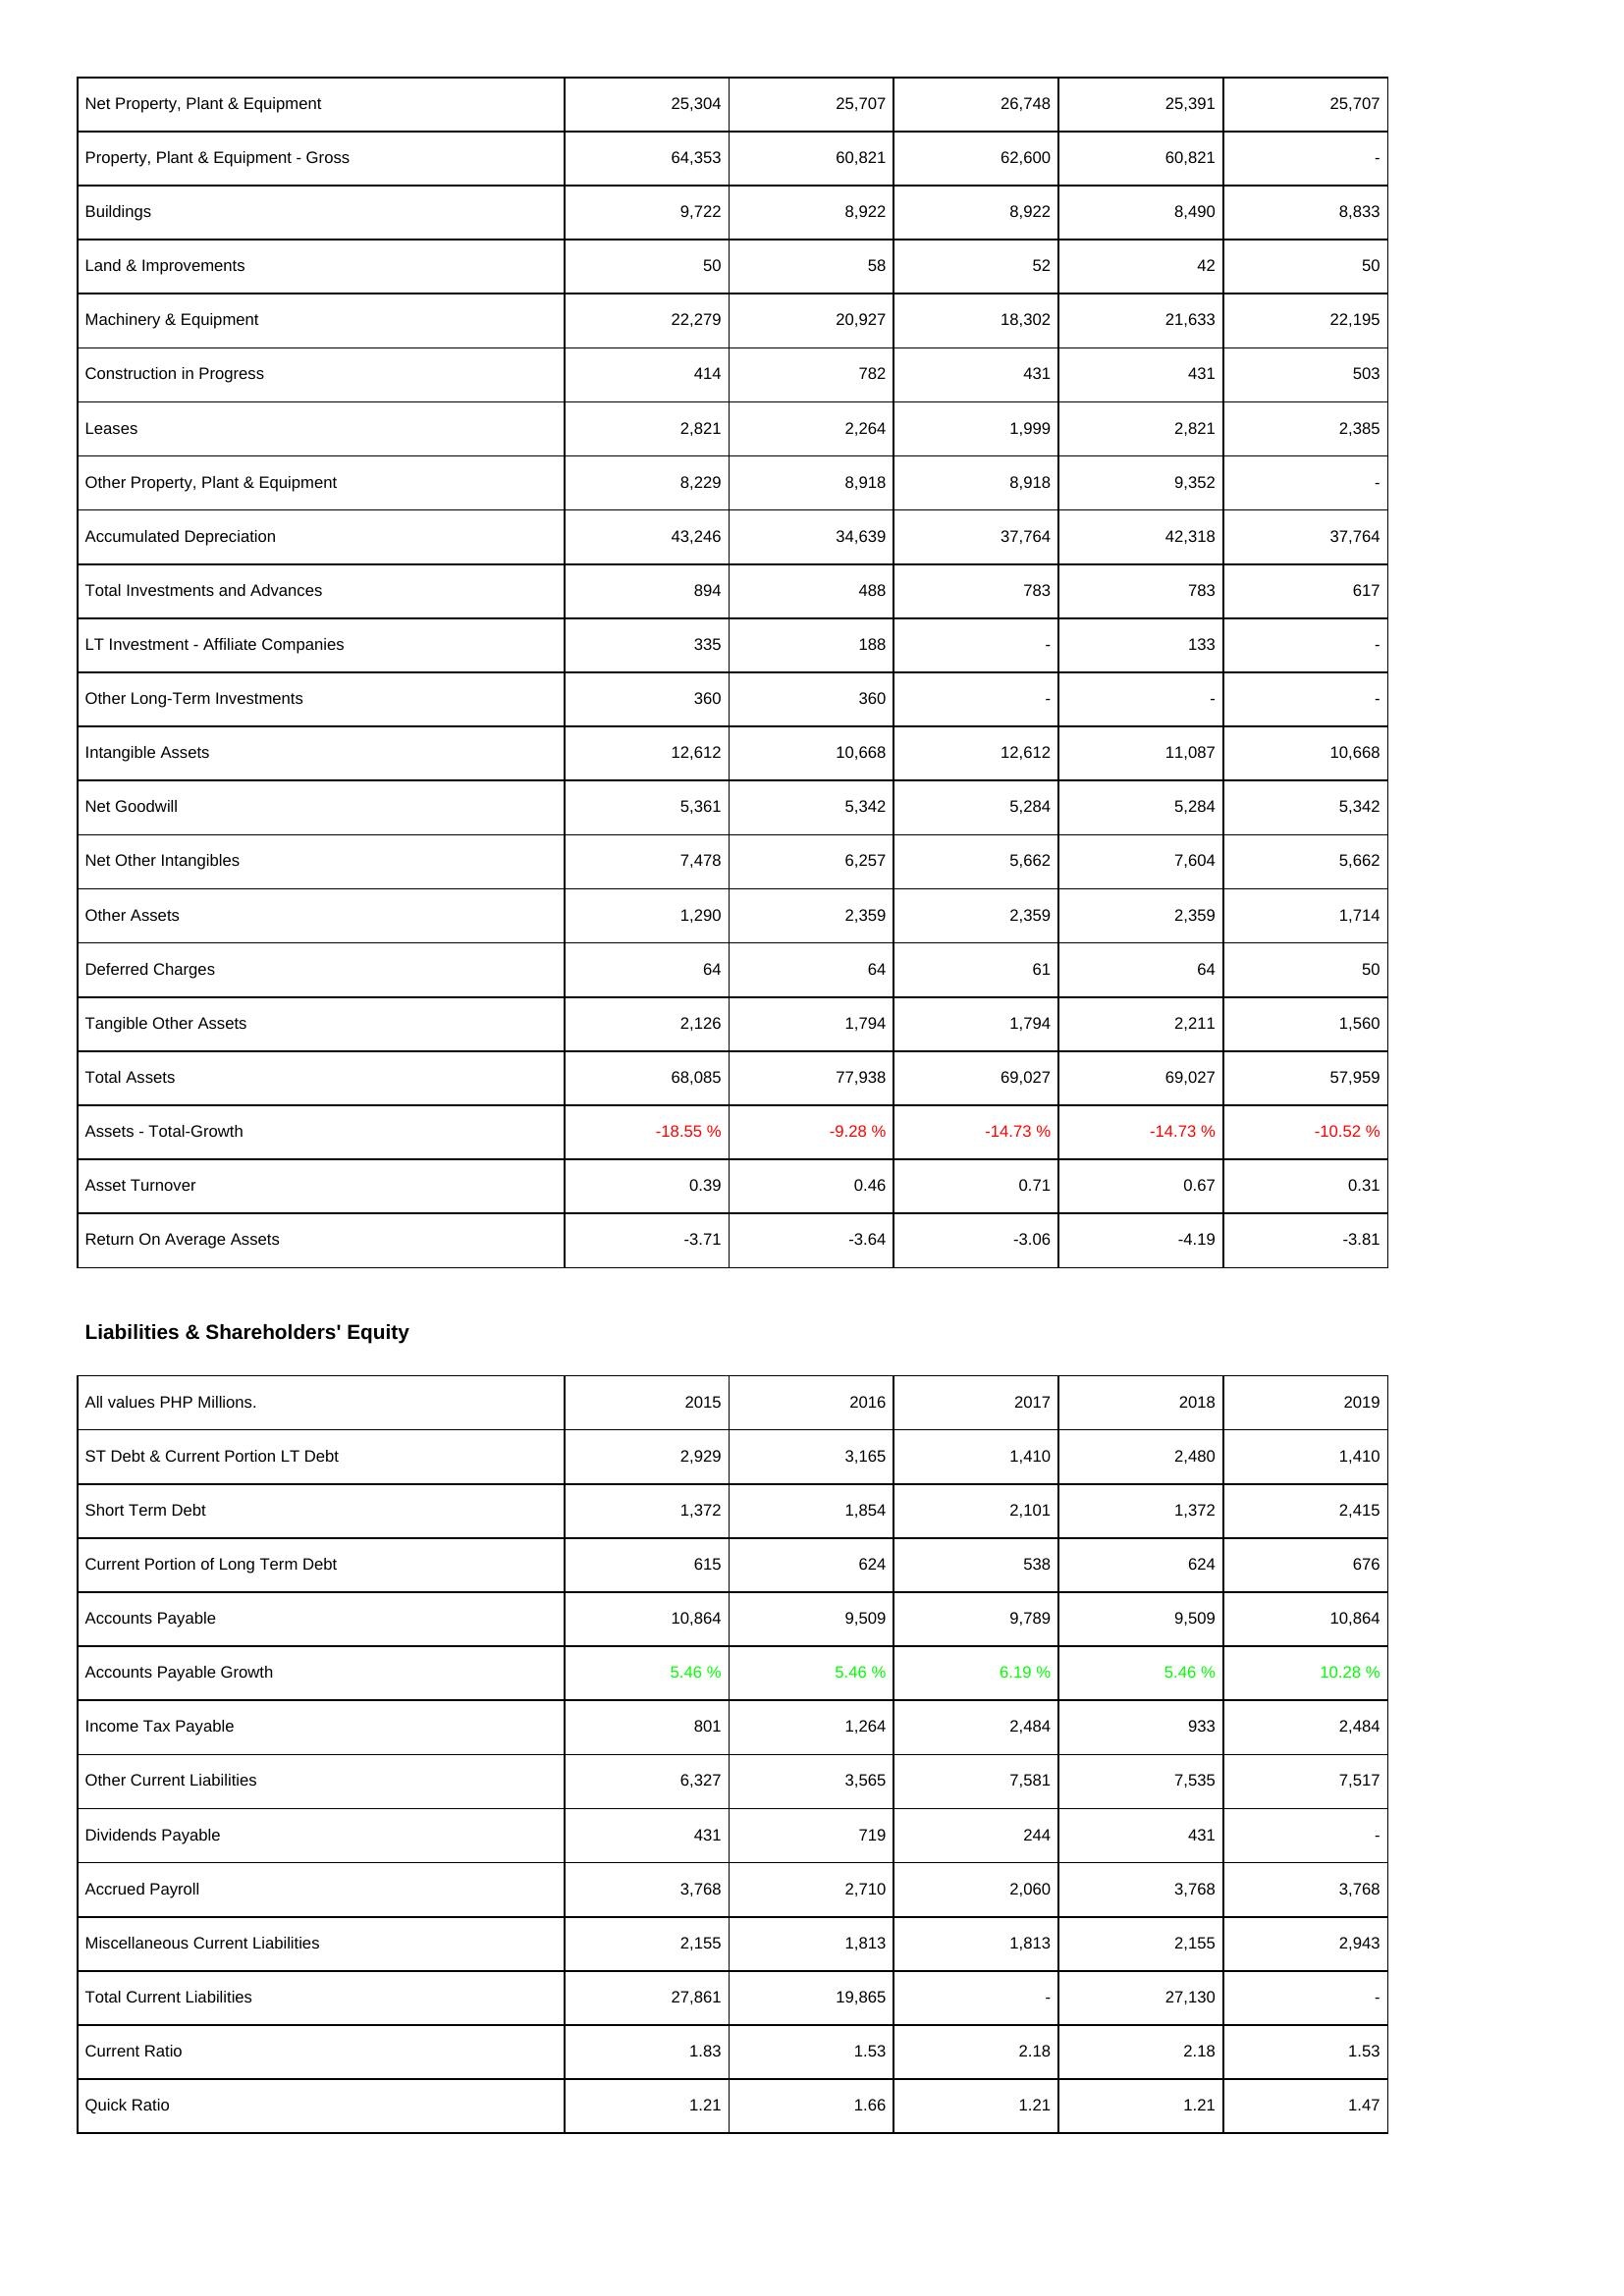
2015: Assets: Net Property, Plant & Equipment: 25,304
Property, Plant & Equipment - Gross: 64,353
Buildings: 9,722
Land & Improvements: 50
Machinery & Equipment: 22,279
Construction in Progress: 414
Leases: 2,821
Other Property, Plant & Equipment: 8,229
Accumulated Depreciation: 43,246
Total Investments and Advances: 894
LT Investment - Affiliate Companies: 335
Other Long-Term Investments: 360
Intangible Assets: 12,612
Net Goodwill: 5,361
Net Other Intangibles: 7,478
Other Assets: 1,290
Deferred Charges: 64
Tangible Other Assets: 2,126
Total Assets: 68,085
Assets - Total-Growth: -18.55 %
Asset Turnover: 0.39
Return On Average Assets: -3.71
Liabilities & Shareholders' Equity: ST Debt & Current Portion LT Debt: 2,929
Short Term Debt: 1,372
Current Portion of Long Term Debt: 615
Accounts Payable: 10,864
Accounts Payable Growth: 5.46 %
Income Tax Payable: 801
Other Current Liabilities: 6,327
Dividends Payable: 431
Accrued Payroll: 3,768
Miscellaneous Current Liabilities: 2,155
Total Current Liabilities: 27,861
Current Ratio: 1.83
Quick Ratio: 1.21
2016: Assets: Net Property, Plant & Equipment: 25,707
Property, Plant & Equipment - Gross: 60,821
Buildings: 8,922
Land & Improvements: 58
Machinery & Equipment: 20,927
Construction in Progress: 782
Leases: 2,264
Other Property, Plant & Equipment: 8,918
Accumulated Depreciation: 34,639
Total Investments and Advances: 488
LT Investment - Affiliate Companies: 188
Other Long-Term Investments: 360
Intangible Assets: 10,668
Net Goodwill: 5,342
Net Other Intangibles: 6,257
Other Assets: 2,359
Deferred Charges: 64
Tangible Other Assets: 1,794
Total Assets: 77,938
Assets - Total-Growth: -9.28 %
Asset Turnover: 0.46
Return On Average Assets: -3.64
Liabilities & Shareholders' Equity: ST Debt & Current Portion LT Debt: 3,165
Short Term Debt: 1,854
Current Portion of Long Term Debt: 624
Accounts Payable: 9,509
Accounts Payable Growth: 5.46 %
Income Tax Payable: 1,264
Other Current Liabilities: 3,565
Dividends Payable: 719
Accrued Payroll: 2,710
Miscellaneous Current Liabilities: 1,813
Total Current Liabilities: 19,865
Current Ratio: 1.53
Quick Ratio: 1.66
2017: Assets: Net Property, Plant & Equipment: 26,748
Property, Plant & Equipment - Gross: 62,600
Buildings: 8,922
Land & Improvements: 52
Machinery & Equipment: 18,302
Construction in Progress: 431
Leases: 1,999
Other Property, Plant & Equipment: 8,918
Accumulated Depreciation: 37,764
Total Investments and Advances: 783
LT Investment - Affiliate Companies: -
Other Long-Term Investments: -
Intangible Assets: 12,612
Net Goodwill: 5,284
Net Other Intangibles: 5,662
Other Assets: 2,359
Deferred Charges: 61
Tangible Other Assets: 1,794
Total Assets: 69,027
Assets - Total-Growth: -14.73 %
Asset Turnover: 0.71
Return On Average Assets: -3.06
Liabilities & Shareholders' Equity: ST Debt & Current Portion LT Debt: 1,410
Short Term Debt: 2,101
Current Portion of Long Term Debt: 538
Accounts Payable: 9,789
Accounts Payable Growth: 6.19 %
Income Tax Payable: 2,484
Other Current Liabilities: 7,581
Dividends Payable: 244
Accrued Payroll: 2,060
Miscellaneous Current Liabilities: 1,813
Total Current Liabilities: -
Current Ratio: 2.18
Quick Ratio: 1.21
2018: Assets: Net Property, Plant & Equipment: 25,391
Property, Plant & Equipment - Gross: 60,821
Buildings: 8,490
Land & Improvements: 42
Machinery & Equipment: 21,633
Construction in Progress: 431
Leases: 2,821
Other Property, Plant & Equipment: 9,352
Accumulated Depreciation: 42,318
Total Investments and Advances: 783
LT Investment - Affiliate Companies: 133
Other Long-Term Investments: -
Intangible Assets: 11,087
Net Goodwill: 5,284
Net Other Intangibles: 7,604
Other Assets: 2,359
Deferred Charges: 64
Tangible Other Assets: 2,211
Total Assets: 69,027
Assets - Total-Growth: -14.73 %
Asset Turnover: 0.67
Return On Average Assets: -4.19
Liabilities & Shareholders' Equity: ST Debt & Current Portion LT Debt: 2,480
Short Term Debt: 1,372
Current Portion of Long Term Debt: 624
Accounts Payable: 9,509
Accounts Payable Growth: 5.46 %
Income Tax Payable: 933
Other Current Liabilities: 7,535
Dividends Payable: 431
Accrued Payroll: 3,768
Miscellaneous Current Liabilities: 2,155
Total Current Liabilities: 27,130
Current Ratio: 2.18
Quick Ratio: 1.21
2019: Assets: Net Property, Plant & Equipment: 25,707
Property, Plant & Equipment - Gross: -
Buildings: 8,833
Land & Improvements: 50
Machinery & Equipment: 22,195
Construction in Progress: 503
Leases: 2,385
Other Property, Plant & Equipment: -
Accumulated Depreciation: 37,764
Total Investments and Advances: 617
LT Investment - Affiliate Companies: -
Other Long-Term Investments: -
Intangible Assets: 10,668
Net Goodwill: 5,342
Net Other Intangibles: 5,662
Other Assets: 1,714
Deferred Charges: 50
Tangible Other Assets: 1,560
Total Assets: 57,959
Assets - Total-Growth: -10.52 %
Asset Turnover: 0.31
Return On Average Assets: -3.81
Liabilities & Shareholders' Equity: ST Debt & Current Portion LT Debt: 1,410
Short Term Debt: 2,415
Current Portion of Long Term Debt: 676
Accounts Payable: 10,864
Accounts Payable Growth: 10.28 %
Income Tax Payable: 2,484
Other Current Liabilities: 7,517
Dividends Payable: -
Accrued Payroll: 3,768
Miscellaneous Current Liabilities: 2,943
Total Current Liabilities: -
Current Ratio: 1.53
Quick Ratio: 1.47